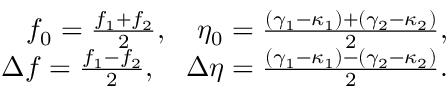
\begin{array} { r } { f _ { 0 } = \frac { f _ { 1 } + f _ { 2 } } { 2 } , \quad \eta _ { 0 } = \frac { ( \gamma _ { 1 } - \kappa _ { 1 } ) + ( \gamma _ { 2 } - \kappa _ { 2 } ) } { 2 } , } \\ { \Delta f = \frac { f _ { 1 } - f _ { 2 } } { 2 } , \quad \Delta \eta = \frac { ( \gamma _ { 1 } - \kappa _ { 1 } ) - ( \gamma _ { 2 } - \kappa _ { 2 } ) } { 2 } . } \end{array}